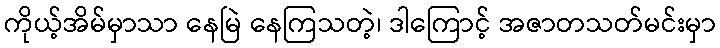
ကိုယ့်အိမ်မှာသာ နေမြဲ နေကြသတဲ့၊ ဒါကြောင့် အဇာတသတ်မင်းမှာ